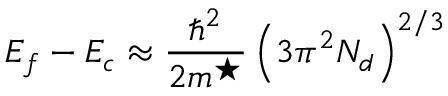
E _ { f } - E _ { c } \approx \frac { \hbar ^ { 2 } } { 2 m ^ { \star } } \left( 3 \pi ^ { 2 } N _ { d } \right) ^ { 2 / 3 }